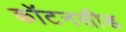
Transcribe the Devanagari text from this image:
कॉटनसीड